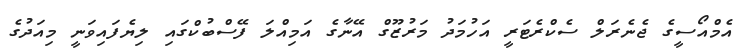
އެމްއޯސީގެ ޖެނެރަލް ސެކްރެޓަރީ އަހުމަދު މަރުޒޫގް އޭނާގެ އަމިއްލަ ފޭސްބުކްގައި ލިޔެފައިވަނީ މިއަދުގެ